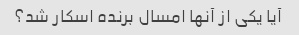
آیا یکی از آنها امسال برنده اسکار شد؟